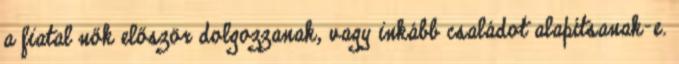
a fiatal nők először dolgozzanak, vagy inkább családot alapítsanak-e.